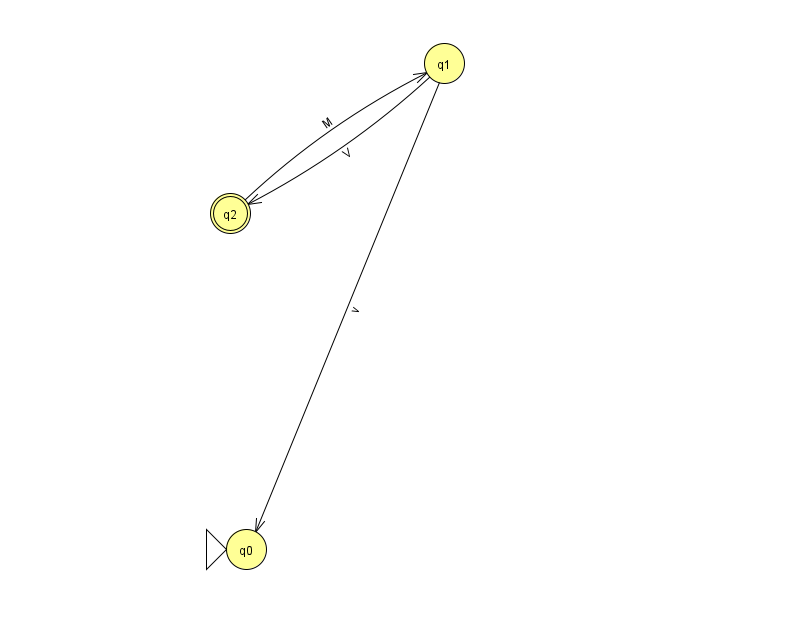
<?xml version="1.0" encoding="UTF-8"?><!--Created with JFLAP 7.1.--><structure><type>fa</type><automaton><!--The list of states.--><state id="0" name="q0"><x>246.0</x><y>536.0</y><initial/></state><state id="1" name="q1"><x>444.0</x><y>50.0</y></state><state id="2" name="q2"><x>230.0</x><y>200.0</y><final/></state><!--The list of transitions.--><transition><from>2</from><to>1</to><read>M</read></transition><transition><from>1</from><to>0</to><read>v</read></transition><transition><from>1</from><to>2</to><read>V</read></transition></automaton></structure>